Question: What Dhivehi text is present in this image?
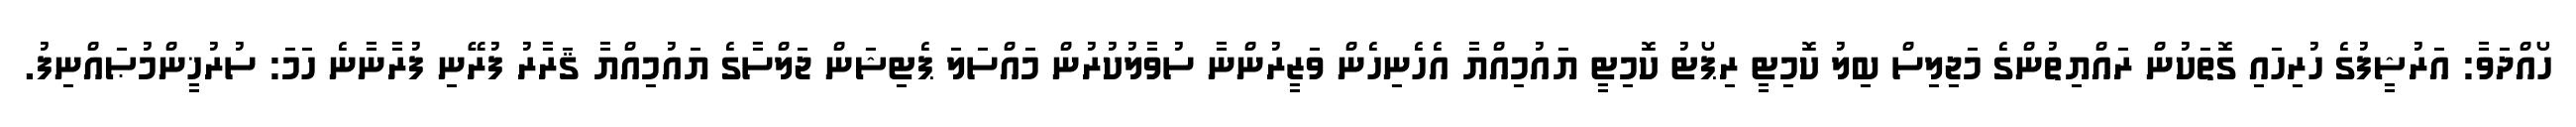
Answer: ހޯއްދަވާ: އަރުޝީފުގެ ހުރިހައި ގޮތަކުން ރައްޔިތުންގެ މަޖިލިސް ބިލު ކޮމިޓީ ރިޕޯޓު ކޮމިޓީ ޔައުމިއްޔާ އެހެނިހެން ވަޒީރުންނާ ސުވާލުކުރުން މައްސަލަ ޕެޓިޝަން ޖަލްސާގެ ޔައުމިއްޔާ ޤަރާރު ފުރޭނި ފުރާނާނެ ހަމަ: ސުރުޚީންމުޞައްނިފު.